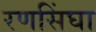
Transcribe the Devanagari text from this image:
रणसिंघा